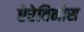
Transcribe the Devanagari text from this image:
ऐरेबिनोस